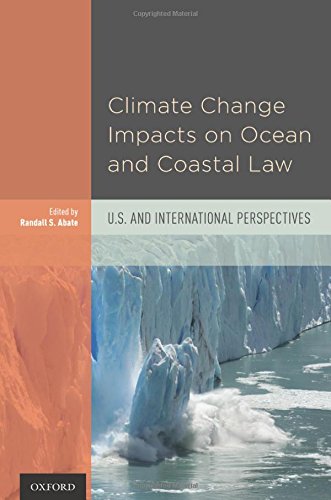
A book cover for Climate Change Impacts on Ocean and Coastal Law: U.S. and International Perspectives; Law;